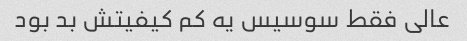
عالی فقط سوسیس یه کم کیفیتش بد بود